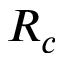
R _ { c }